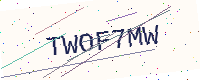
Text: TWOF7MW